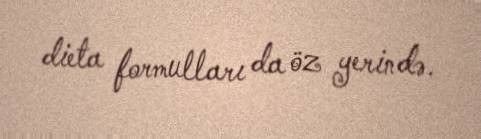
dieta formulları da öz yerində.